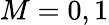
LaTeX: M=0,1